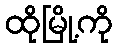
ထိုမြို့ကို